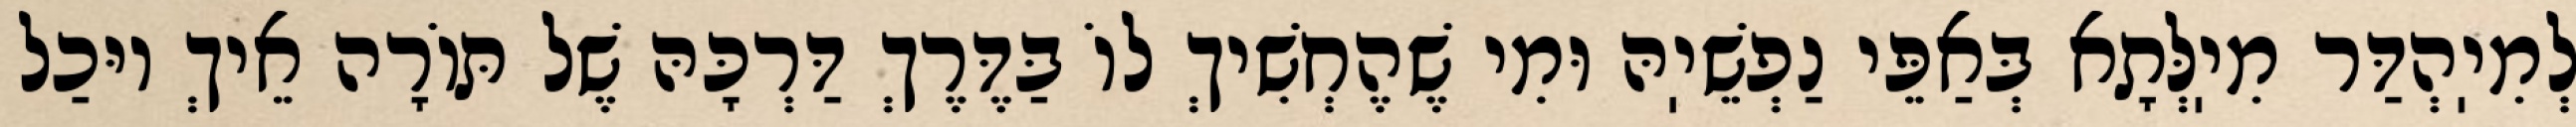
לְמִיֽהְדַּר מִיֽלְּתָא בְּאַפֵּי נַפְשֵׁיֽהּ וּמִי שֶׁהֶחְשִׁיךְ לוֹ בַּדֶּרֶךְ דַּרְכָּהּ שֶׁל תּוֹרָה אֵיךְ יוּכַל